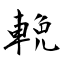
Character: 輓